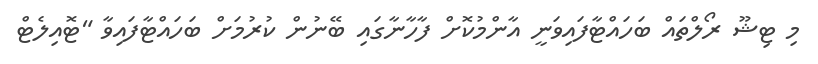
މި ޓިޝޫ ރޯލްތައް ބަހައްޓާފައިވަނީ އާންމުކޮށް ފާހާާނާގައި ބޭނުން ކުރުމަށް ބަހައްޓާާފައިވާ "ޓޮއިލެޓް